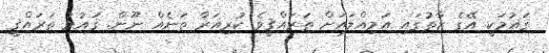
ޤައުމަކީ އޭގެ ޒާތުގައި އަމިއްލައަށް ތަރައްޤީވެ ކުރިއަރާ ތަނެއް ނޫން. ޤައުމު ތަރައްޤީ